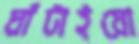
ঘাঁটাইয়ো